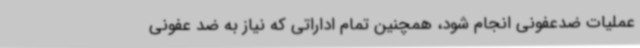
عملیات ضدعفونی انجام شود، همچنین تمام اداراتی که نیاز به ضد عفونی